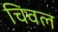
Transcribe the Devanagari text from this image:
चिवल